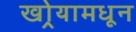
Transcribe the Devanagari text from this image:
खोर्‍यामधून